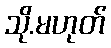
သို.မဟုတ်